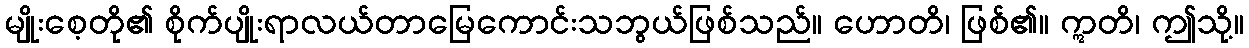
မျိုးစေ့တို၏ စိုက်ပျိုးရာလယ်တာမြေကောင်းသဘွယ်ဖြစ်သည်။ ဟောတိ၊ ဖြစ်၏။ ဣတိ၊ ဤသို့။